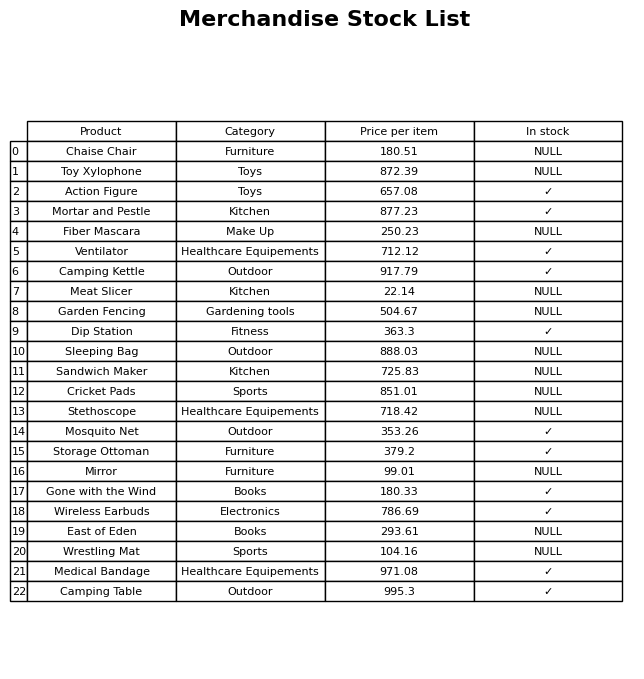
question: What is the price for Sandwich Maker?
answer: The price of Sandwich Maker is 725.83.